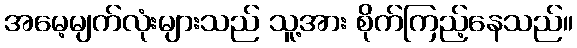
အမေ့မျက်လုံးများသည် သူ့အား စိုက်ကြည့်နေသည်။